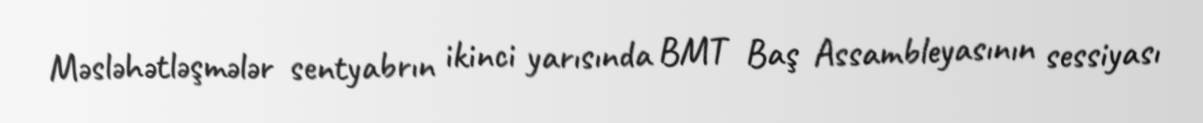
Məsləhətləşmələr sentyabrın ikinci yarısında BMT Baş Assambleyasının sessiyası